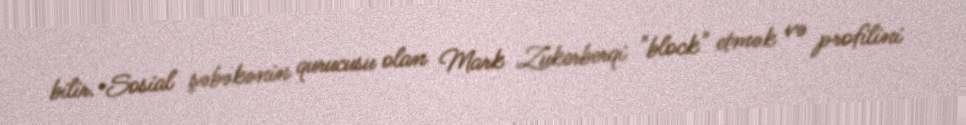
bilir.•Sosial şəbəkənin qurucusu olan Mark Zukerberqi "block" etmək və profilini